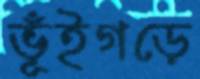
ভূঁইগড়ে